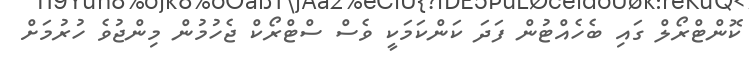
ކޮންޓްރޯލް ގައި ބެހެއްޓުން ފަދަ ކަންކަމަކީ ވެސް ސްޓްރޯކް ޖެހުމުން މިންޖުވެ ހުރުމަށް